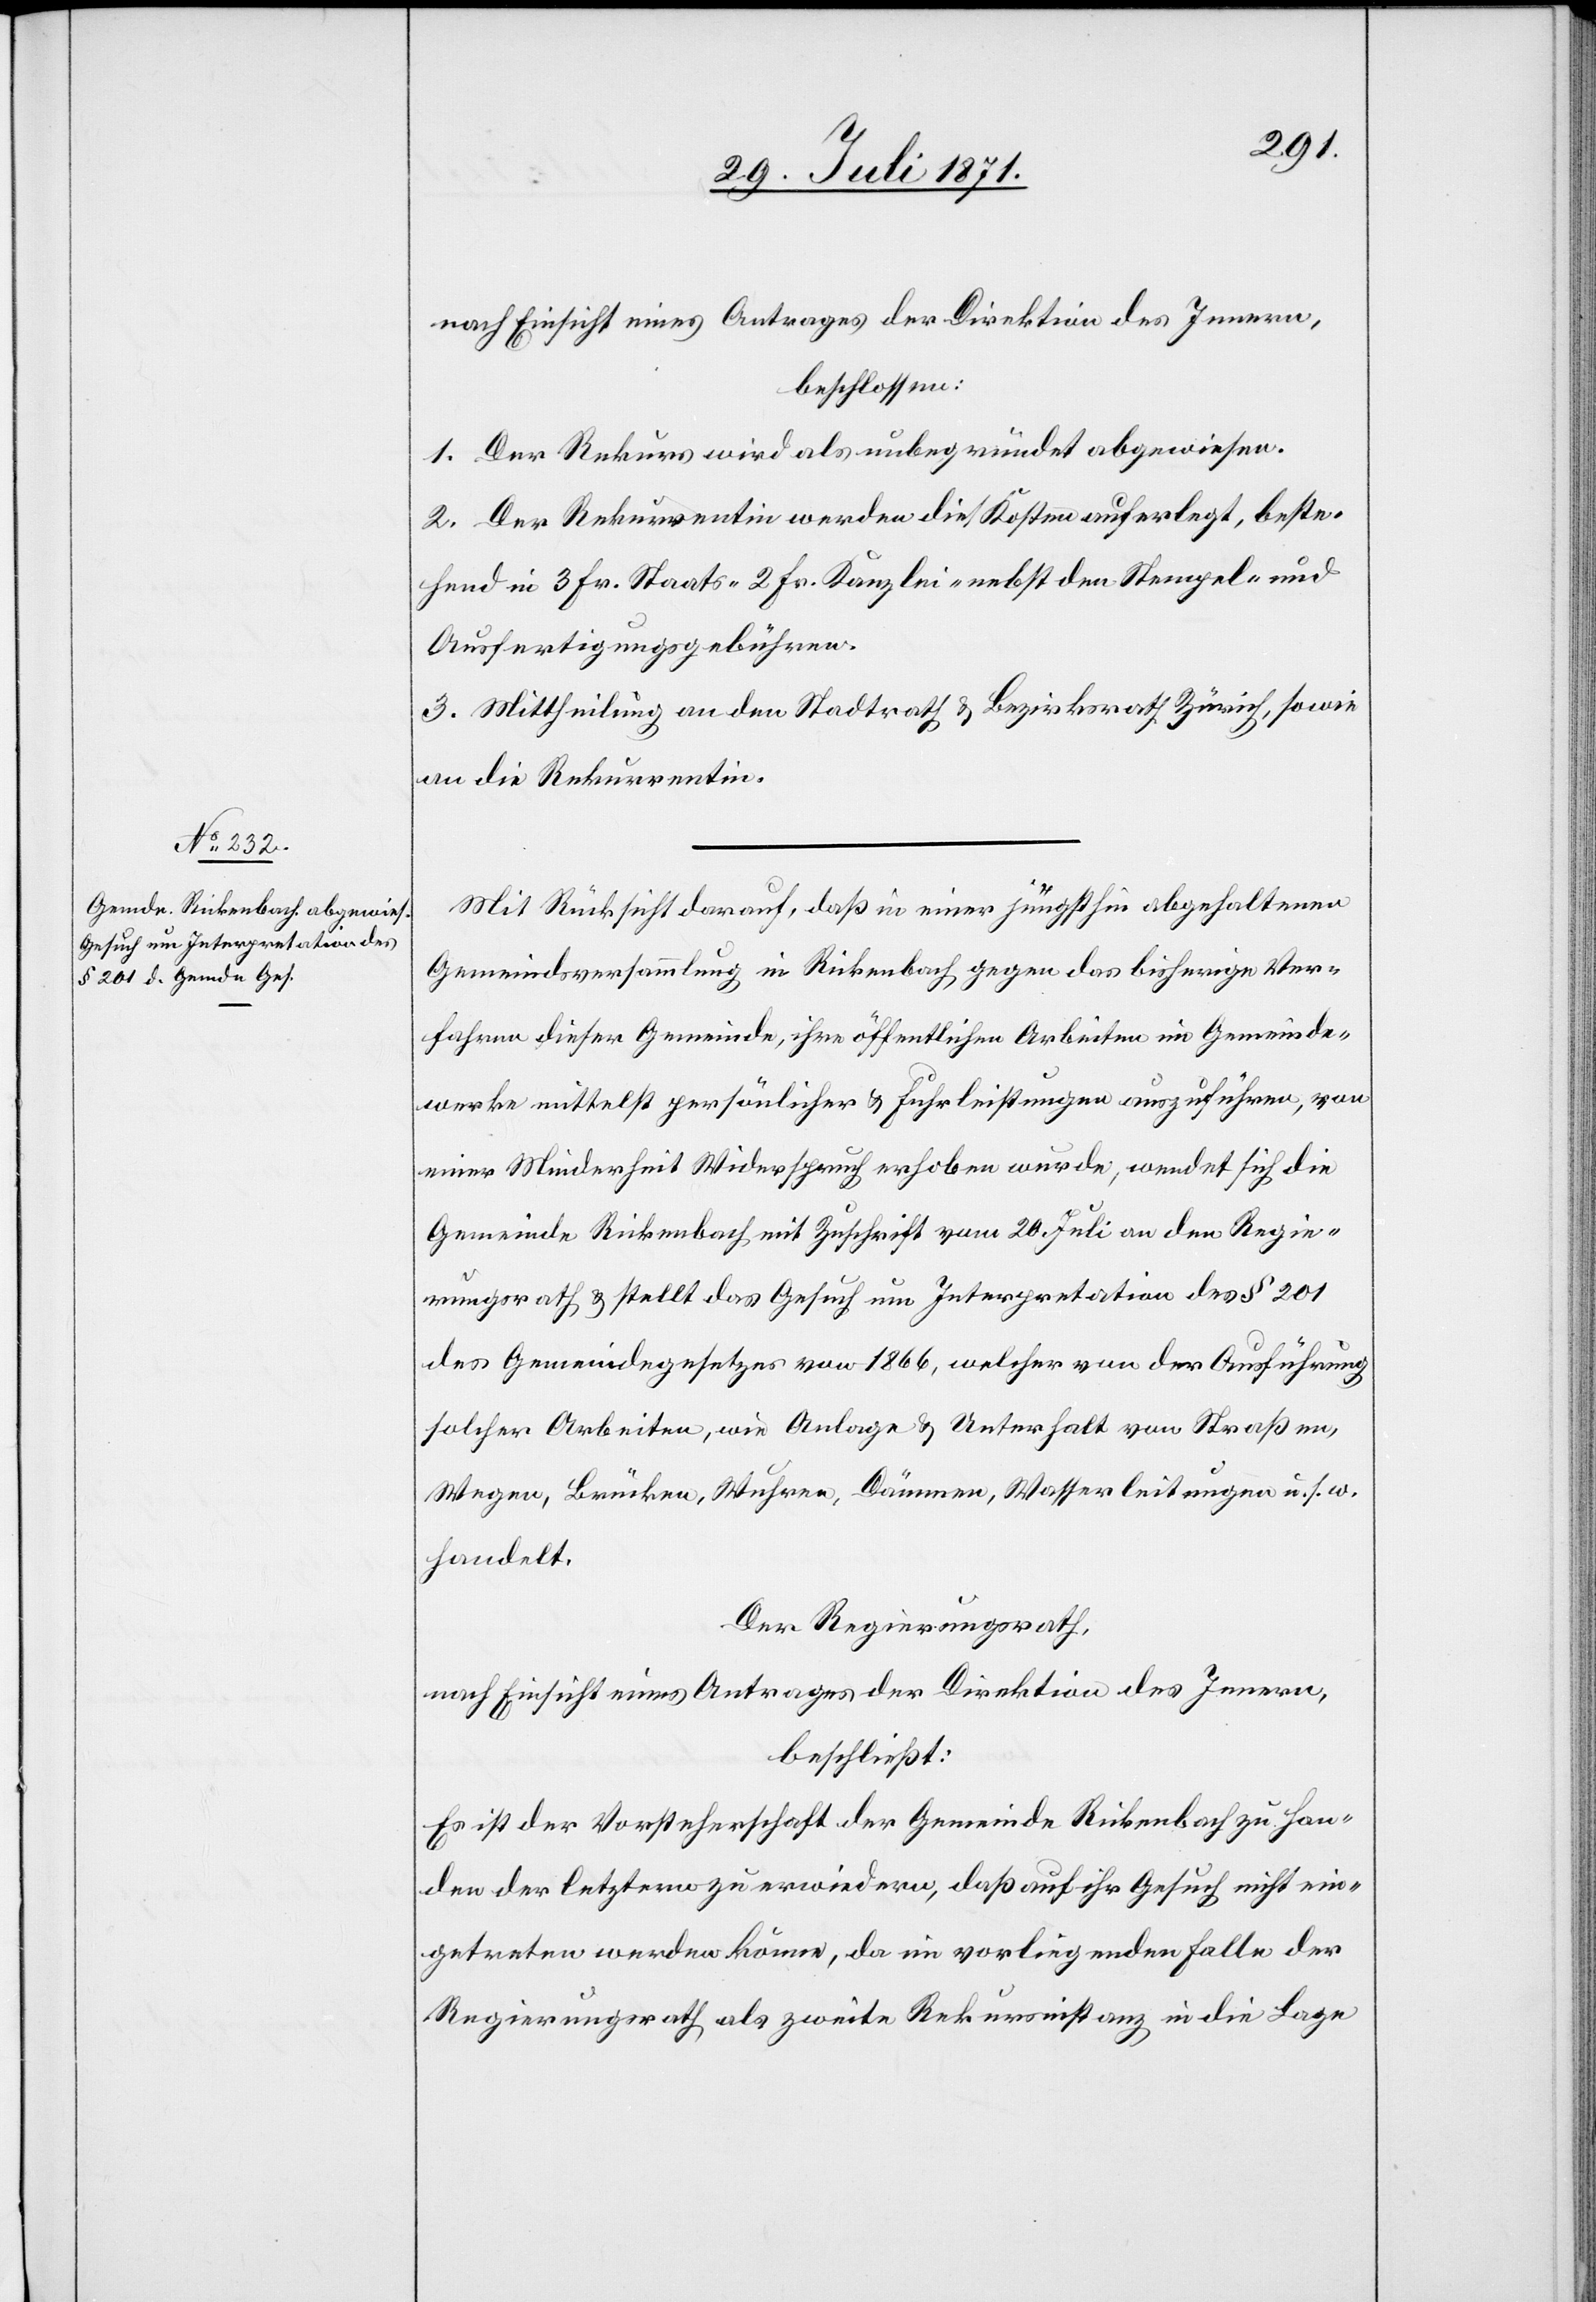
nach Einsicht eines Antrages der Direktion des Innern,
beschlossen:
1. Der Rekurs wird als unbegründet abgewiesen.
2. Der Rekurrentin werden die Kosten auferlegt, beste¬
hend in 3 Fr. Staats- 2 Fr. Kanzlei- nebst den Stempel- und
Ausfertigungsgebühren.
3. Mittheilung an den Stadtrath u. Bezirksrath Zürich, sowie
an die Rekurrentin.
Mit Rücksicht darauf, daß in einer jüngsthin abgehaltenen
Gemeindsversammlung in Rickenbach gegen das bisherige Ver¬
fahren dieser Gemeinde, ihre öffentlichen Arbeiten in Gemeinde¬
werke mittelst persönlicher u. Fuhrleistungen auszuführen, von
einer Minderheit Widerspruch erhoben wurde, wendet sich die
Gemeinde Rickenbach mit Zuschrift vom 20. Juli an den Regie¬
rungsrath u. stellt das Gesuch um Interpretation des § 201
des Gemeindegesetzes von 1866, welcher von der Ausführung
solcher Arbeiten, wie Anlage u. Unterhalt von Straßen,
Wegen, Brücken, Wuhren, Dämmen, Wasserleitungen u. s. w.
handelt.
Der Regierungsrath,
nach Einsicht eines Antrages der Direktion des Innern,
beschließt:
Es ist der Vorsteherschaft der Gemeinde Rickenbach zu han¬
den der letztern zu erwiedern, daß auf ihr Gesuch nicht ein¬
getreten werden könne, da im vorliegenden Falle der
Regierungsrath als zweite Rekursinstanz in die Lage